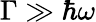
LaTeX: \Gamma\gg\hbar\omega